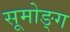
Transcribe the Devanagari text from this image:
सूमोङ्ग